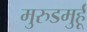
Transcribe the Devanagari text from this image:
मुरुडमुर्हू